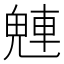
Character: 𬵀